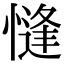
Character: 㦀